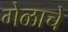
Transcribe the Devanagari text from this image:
गेळाचे